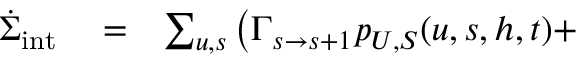
\begin{array} { r l r } { \dot { \Sigma } _ { \mathrm { i n t } } } & { { } = } & { \sum _ { u , s } \left( \Gamma _ { s \to s + 1 } p _ { U , S } ( u , s , h , t ) + \right. } \end{array}